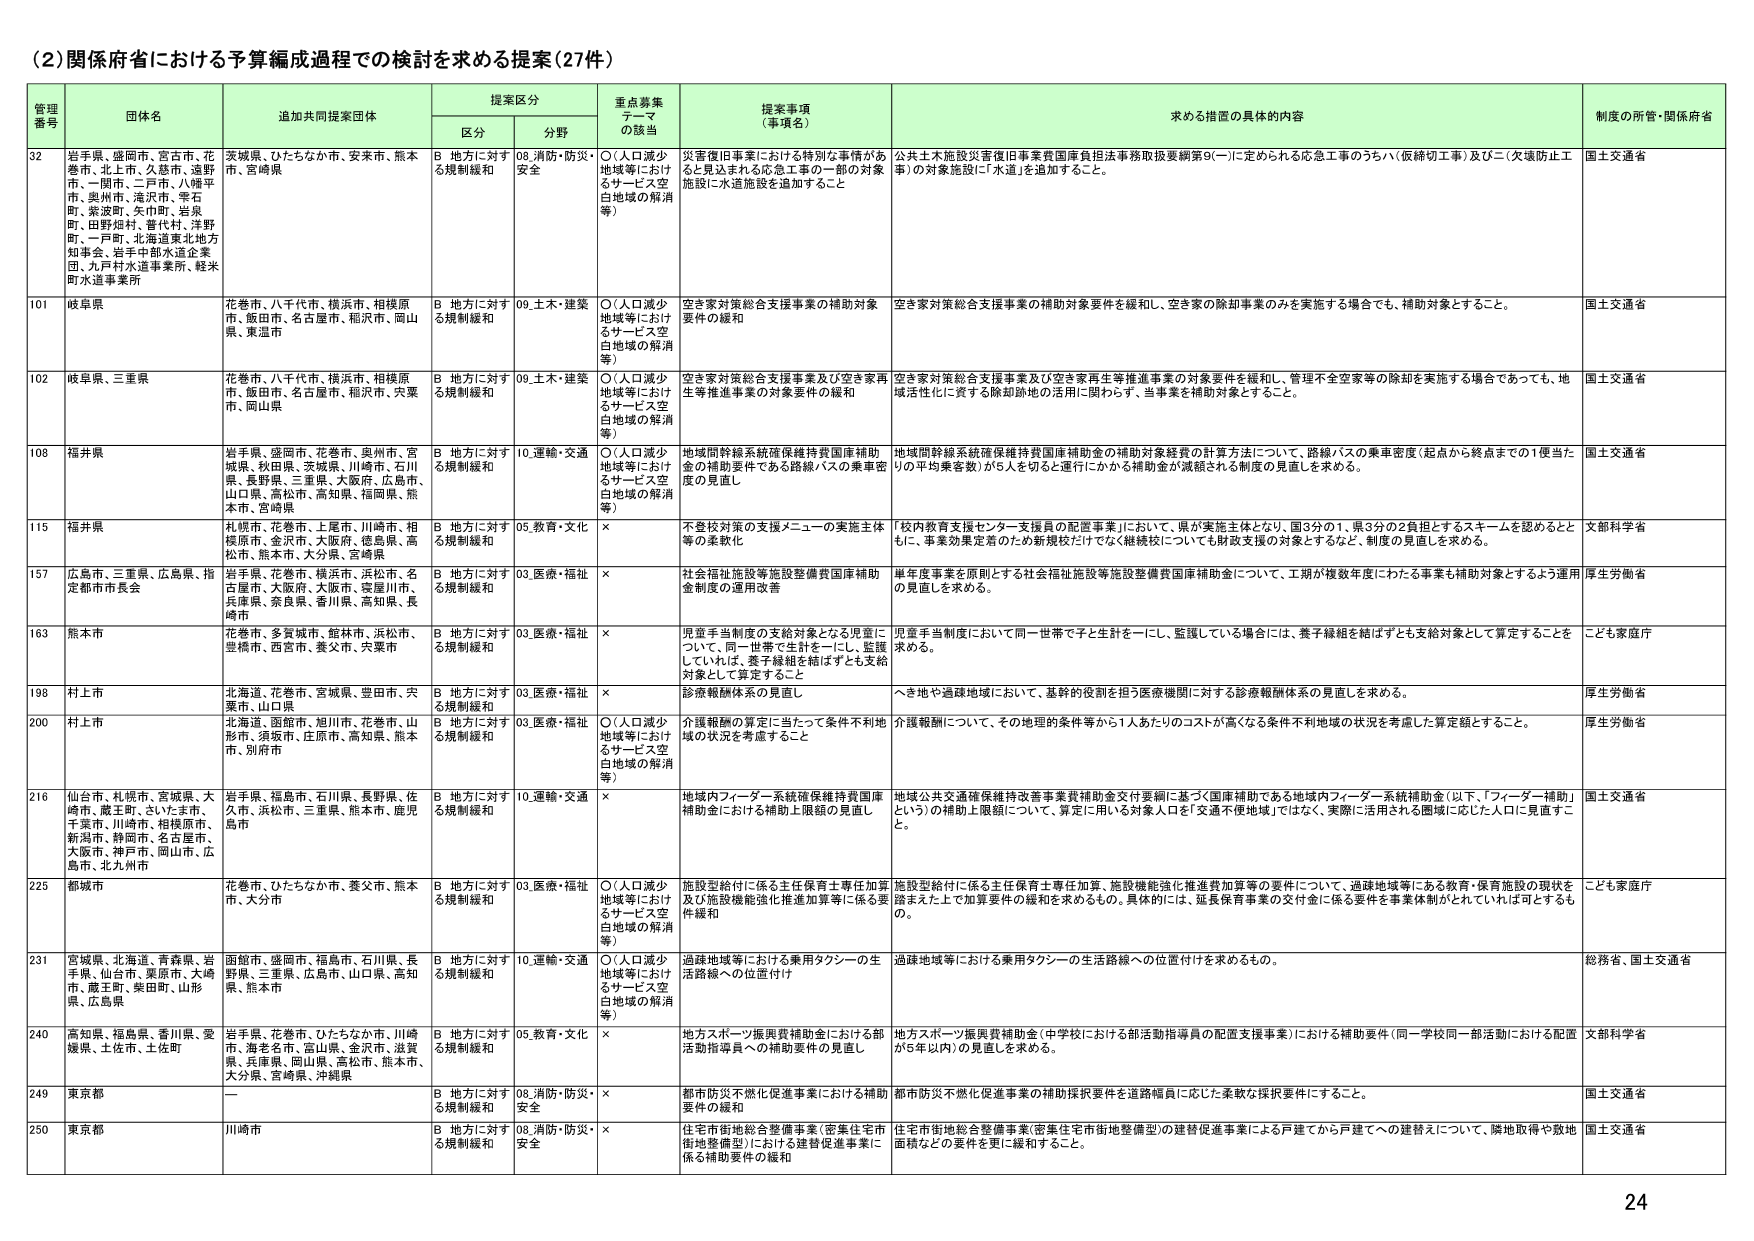
(2) 関係府省における予算編成過程での検討を求める提案 (27件)

| 管理番号 | 団体名 | 追加共同提案団体 | 提案区分 | 重点募集テーマの該当 | 提案事項（事項名） | 求める措置の具体的内容 | 制度の所管・関係府省 |
|----------|--------|------------------|----------|----------------------|---------------------|--------------------------|----------------------|
| 32 | 岩手県、盛岡市、宮古市、花巻市、北上市、久慈市、遠野市、一関市、二戸市、八幡平市、奥州市、滝沢市、雫石町、紫波町、矢巾町、岩泉町、田野畑村、普代村、洋野町、一戸町、北海道東北地方知事会、岩手中部水道企業団、九戸村水道事業所、軽米町水道事業所 | 茨城県、ひたちなか市、安来市、熊本市、宮崎県 | B 地方に対する規制緩和 | 08. 消防・防災・安全 | 災害復旧事業における特別な事情があると見込まれる応急工事の一部の対象施設に水道施設を追加すること | 公共土木施設災害復旧事業費国庫負担法事務取扱要綱第9(一)に定められる応急工事のうちハ(仮締切工事)及びニ(欠壊防止工事)の対象施設に「水道」を追加すること。 | 国土交通省 |
| 101 | 岐阜県 | 花巻市、八千代市、横浜市、相模原市、飯田市、名古屋市、稲沢市、岡山県、東温市 | B 地方に対する規制緩和 | 09. 土木・建築 | ○(人口減少地域等におけるサービス空白地域の解消等) | 空き家対策総合支援事業の補助対象要件の緩和 | 空き家対策総合支援事業の補助対象要件を緩和し、空き家の除却事業のみを実施する場合でも、補助対象とすること。 | 国土交通省 |
| 102 | 岐阜県、三重県 | 花巻市、八千代市、横浜市、相模原市、飯田市、名古屋市、稲沢市、宍粟市、岡山県 | B 地方に対する規制緩和 | 09. 土木・建築 | ○(人口減少地域等におけるサービス空白地域の解消等) | 空き家対策総合支援事業及び空き家再生等推進事業の対象要件の緩和 | 空き家対策総合支援事業及び空き家再生等推進事業の対象要件を緩和し、管理不全空家等の除却を実施する場合であっても、地域活性化に資する除却跡地の活用に関わらず、当事業を補助対象とすること。 | 国土交通省 |
| 108 | 福井県 | 岩手県、盛岡市、花巻市、奥州市、宮城県、秋田県、茨城県、川崎市、石川県、長野県、三重県、大阪府、広島市、山口県、高松市、高知県、福岡県、熊本市、宮崎県 | B 地方に対する規制緩和 | 10. 運輸・交通 | ○(人口減少地域等におけるサービス空白地域の解消等) | 地域間幹線系統確保維持費国庫補助金の補助要件である路線バスの乗車密度の見直し | 地域間幹線系統確保維持費国庫補助金の補助対象経費の計算方法について、路線バスの乗車密度（起点から終点までの1便当たりの平均乗客数）が5人を切ると運行にかかる補助金が減額される制度の見直しを求める。 | 国土交通省 |
| 115 | 福井県 | 札幌市、花巻市、上尾市、川崎市、相模原市、金沢市、大阪府、徳島県、高松市、熊本市、大分県、宮崎県 | B 地方に対する規制緩和 | 05. 教育・文化 | × | 不登校対策の支援メニューの実施主体等の柔軟化 | 「校内教育支援センター支援員の配置事業」において、県が実施主体となり、国3分の1、県3分の2負担とするスキームを認めるとともに、事業効果定着のため新規校だけでなく継続校についても財政支援の対象とするなど、制度の見直しを求める。 | 文部科学省 |
| 157 | 広島県、三重県、広島県、指定都市市長会 | 岩手県、花巻市、横浜市、浜松市、名古屋市、大阪府、大阪市、愛媛川市、兵庫県、奈良県、香川県、高知県、長崎市 | B 地方に対する規制緩和 | 03. 医療・福祉 | × | 社会福祉施設等施設整備費国庫補助金制度の運用改善 | 単年度事業を原則とする社会福祉施設等施設整備費国庫補助金について、工事が複数年度にわたる事業も補助対象とするよう運用の見直しを求める。 | 厚生労働省 |
| 163 | 熊本市 | 花巻市、多賀城市、館林市、浜松市、豊橋市、西宮市、養父市、矢葉市 | B 地方に対する規制緩和 | 03. 医療・福祉 | × | 児童手当制度の支給対象となる児童について、同一世帯で生計を一にし、監護している場合は、養子縁組を結ばずとも支給対象として算定すること | 児童手当制度において同一世帯で子と生計を一にし、監護している場合には、養子縁組を結ばずとも支給対象として算定することを求める。 | こども家庭庁 |
| 198 | 村上市 | 北海道、花巻市、宮城県、豊田市、宍粟市、山口県 | B 地方に対する規制緩和 | 03. 医療・福祉 | × | 診療報酬体系の見直し | へき地や過疎地域において、基幹的役割を担う医療機関に対する診療報酬体系の見直しを求める。 | 厚生労働省 |
| 200 | 村上市 | 北海道、函館市、旭川市、花巻市、山形市、須坂市、庄原市、高知県、熊本市、別府市 | B 地方に対する規制緩和 | 03. 医療・福祉 | ○(人口減少地域等におけるサービス空白地域の解消等) | 介護報酬の算定に当たって条件不利地域の状況を考慮すること | 介護報酬について、その地理的条件等から1人あたりのコストが高くなる条件不利地域の状況を考慮した算定額とすること。 | 厚生労働省 |
| 216 | 仙台市、札幌市、宮城県、大崎市、蔵王町、さくたま市、千葉市、川崎市、相模原市、新潟市、静岡市、名古屋市、大阪市、神戸市、岡山市、広島市、北九州市 | 岩手県、福島市、石川県、長野県、佐久市、浜松市、三重県、熊本市、鹿児島市 | B 地方に対する規制緩和 | 10. 運輸・交通 | × | 地域内フィーダー系統確保維持費国庫補助金における補助上限額の見直し | 地域公共交通確保維持改善事業費補助金交付要綱に基づく国庫補助である地域内フィーダー系統補助金（以下、「フィーダー補助」という）の補助上限額について、算定に用いる対象人口を「交通不便地域」ではなく、実際に活用される圏域に応じた人口に見直すこと。 | 国土交通省 |
| 225 | 都城市 | 花巻市、ひたちなか市、養父市、熊本市、大分市 | B 地方に対する規制緩和 | 03. 医療・福祉 | ○(人口減少地域等におけるサービス空白地域の解消等) | 施設型給付に係る主任保育士専任加算及び施設機能強化推進加算等に係る要件緩和 | 施設型給付に係る主任保育士専任加算、施設機能強化推進費加算等の要件について、過疎地域等にある教育・保育施設の現状を踏まえた上で加算要件の緩和を求めるもの。具体的には、延長保育事業の交付金に係る要件を事業体制がとれていれば可とするもの。 | こども家庭庁 |
| 231 | 宮城県、北海道、青森県、岩手県、仙台市、栗原市、大崎市、蔵王町、柴田町、山形県、広島県 | 函館市、盛岡市、福島市、石川県、長野県、三重県、広島市、山口県、高知県、熊本市 | B 地方に対する規制緩和 | 10. 運輸・交通 | ○(人口減少地域等におけるサービス空白地域の解消等) | 過疎地域等における乗用タクシーの生活路線への位置付け | 過疎地域等における乗用タクシーの生活路線への位置付けを求めるもの。 | 総務省、国土交通省 |
| 240 | 高知県、福島県、香川県、愛媛県、土佐市、土佐町 | 岩手県、花巻市、ひたちなか市、川崎市、潮来名市、富山県、金沢市、滋賀県、兵庫県、岡山県、高松市、熊本市、大分県、宮崎県、沖縄県 | B 地方に対する規制緩和 | 05. 教育・文化 | × | 地方スポーツ振興費補助金における部活動指導員への補助要件の見直し | 地方スポーツ振興費補助金（中学校における部活動指導員の配置支援事業）における補助要件（同一学校同一部活動における配置が5年以内）の見直しを求める。 | 文部科学省 |
| 249 | 東京都 | ー | B 地方に対する規制緩和 | 08. 消防・防災・安全 | × | 都市防災不燃化促進事業における補助要件の緩和 | 都市防災不燃化促進事業の補助採択要件を道路幅員に応じた柔軟な採択要件にすること。 | 国土交通省 |
| 250 | 東京都 | 川崎市 | B 地方に対する規制緩和 | 08. 消防・防災・安全 | × | 住宅市街地総合整備事業（密集住宅市街地整備型）における建替促進事業に係る補助要件の緩和 | 住宅市街地総合整備事業（密集住宅市街地整備型）の建替促進事業による戸建てから戸建てへの建替えについて、隣地取得や敷地面積などの要件を更に緩和すること。 | 国土交通省 |

24